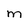
Character: m